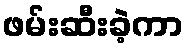
ဖမ်းဆီးခဲ့ကာ